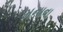
મનાવા